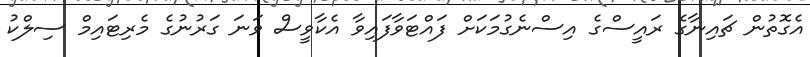
އެގޮތުން ޗައިނާގެ ރައީސްގެ އިސްނެގުމަކަށް ފައްޓަވާފައިވާ އެކާވީސް ވަނަ ގަރުނުގެ މެރިޓައިމް ސިލްކު